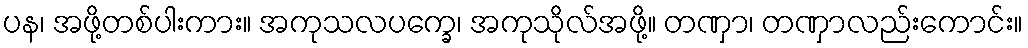
ပန၊ အဖို့တစ်ပါးကား။ အကုသလပက္ခေ၊ အကုသိုလ်အဖို့။ တဏှာ၊ တဏှာလည်းကောင်း။